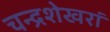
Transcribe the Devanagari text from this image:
चन्द्रशेखरां